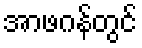
အာဖဂန်တွင်